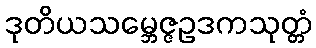
ဒုတိယသမ္ဘေဇ္ဇဥဒကသုတ္တံ